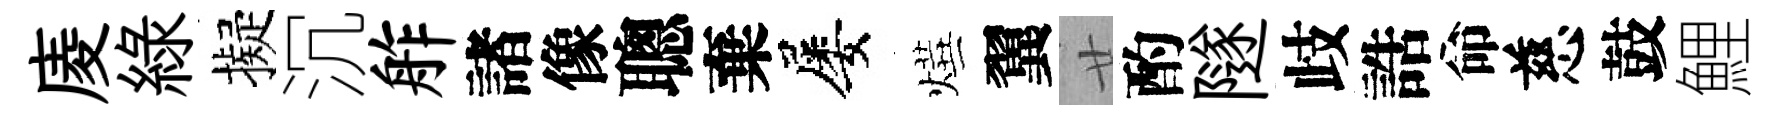
庱緑擬沉舴諸像聰棄屡燁翼廿酌隧歧誥命慈鼓鯉